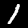
Label: 1